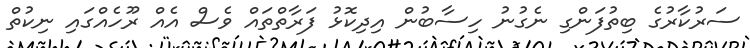
ސަރުކާރުގެ ބިތުފަންގި ނެގުނު ހިސާބުން އިދިކޮޅު ފަރާތްތައް ވެސް އެއް ރޫހެއްގައި ނިކުތް